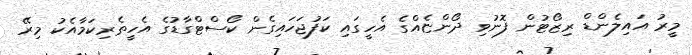
މީރު އައިލެންޑް ރިޒޯޓުން ފޮނުވި ދޯންޏެއްގެ އެހީގައި ކަފުޖަހައިގެން ކޯސްޓްގާޑުގެ އެހީތެރިކަމާއެކު މިރޭ